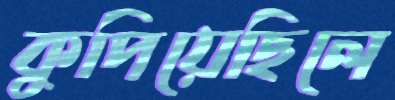
কুপিয়েছিলে